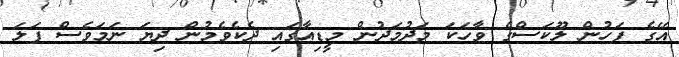
އޭގެ ފަހުން ލޫކަސްގެ ވާހަކަ މަދުމަދުން މީޑިއާގައި ދެކެވެމުން ދިޔަ ނަމަވެސް ފަލަ